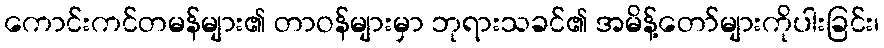
ကောင်းကင်တမန်များ၏ တာဝန်များမှာ ဘုရားသခင်၏ အမိန့်တော်များကိုပါးခြင်း၊